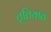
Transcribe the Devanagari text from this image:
तृतियात